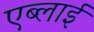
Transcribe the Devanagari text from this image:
एब्लाई